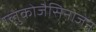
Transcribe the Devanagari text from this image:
ग्लुकोजैसिनोजेन